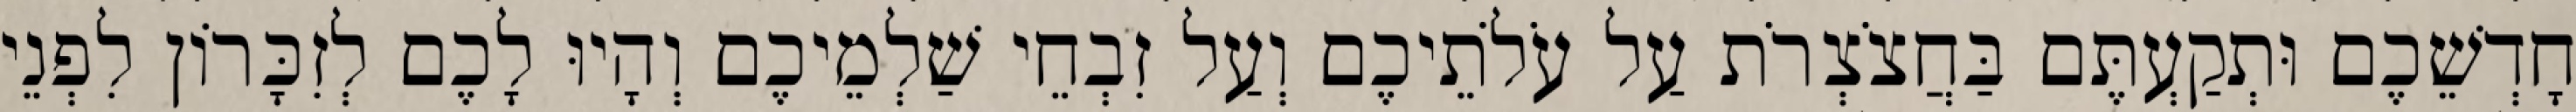
חָדְשֵׁכֶם וּתְקַעְתֶּם בַּחֲצֹצְרֹת עַל עֹלֹתֵיכֶם וְעַל זִבְחֵי שַׁלְמֵיכֶם וְהָיוּ לָכֶם לְזִכָּרוֹן לִפְנֵי